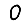
Digit: 0